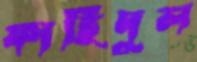
ফাহিদুল